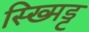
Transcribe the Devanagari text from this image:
स्ख्मिड्ट